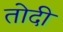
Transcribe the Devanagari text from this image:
तोदी